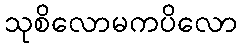
သုစိလောမကပိလော